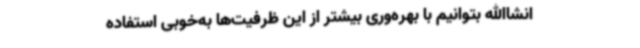
انشاالله بتوانیم با بهره‌وری بیشتر از این ظرفیت‌ها به‌خوبی استفاده